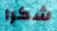
شكرا